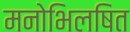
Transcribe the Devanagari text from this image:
मनोभिलषित